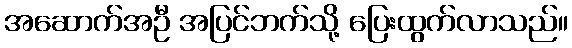
အဆောက်အဦ အပြင်ဘက်သို့ ပြေးထွက်လာသည်။